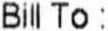
BILL TO :